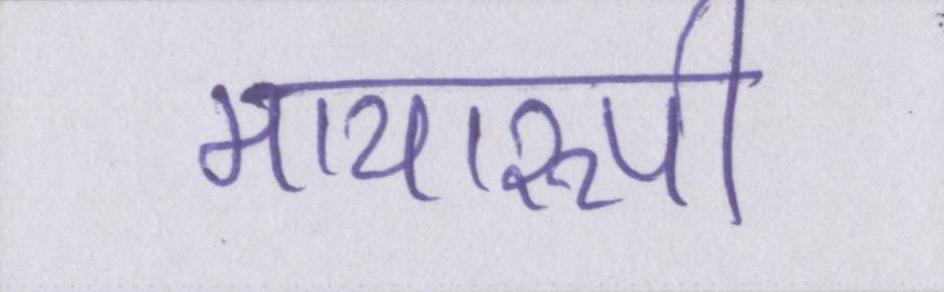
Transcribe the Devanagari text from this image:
मायारुपी